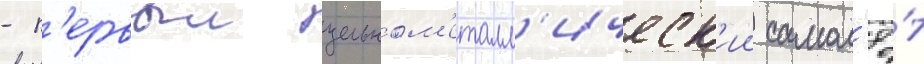
- п'ервыи цельном'еталл'ическ'ии самол'ё́т